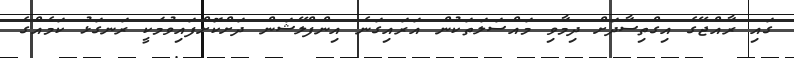
ގައި ރާއްޖޭގެ އިގްތިސާދަށް ދިމާވި މައްސަލަތަކުން އަރައިގަނެ އިންފްލޭޝަން ދަށްކޮށްފައިވުމަކީ ރަނގަޅު ކަމެއްގެ